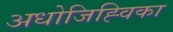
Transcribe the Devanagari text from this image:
अधोजिह्विका